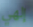
إلهي